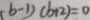
( b - 1 ) ( b + 2 ) = 0